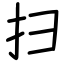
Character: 扫